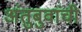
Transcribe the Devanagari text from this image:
अंतुबुवांची